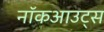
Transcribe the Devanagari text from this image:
नॉकआउट्स